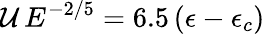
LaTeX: \mathcal{U}\, E^{-2/5}=6.5\, (\epsilon-\epsilon_{c})